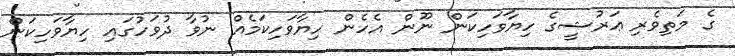
ގެ މަތިވެރި ޢަރުޝީގެ ހިޔާވަހިކަން ނޫން އެހެން ހިޔާވަހިކަމެއް ނުވާ ދުވަހުގައި ހިޔާވަހިކަން